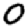
Digit: 0